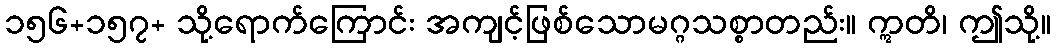
၁၅၆+၁၅၇+ သို့ရောက်ကြောင်း အကျင့်ဖြစ်သောမဂ္ဂသစ္စာတည်း။ ဣတိ၊ ဤသို့။